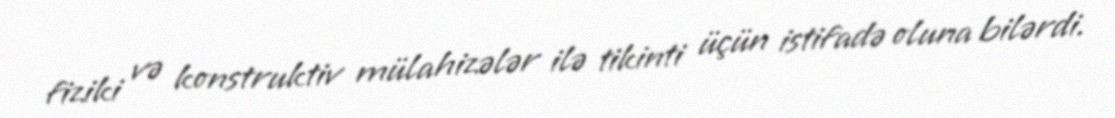
fiziki və konstruktiv mülahizələr ilə tikinti üçün istifadə oluna bilərdi.